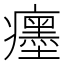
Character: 癦